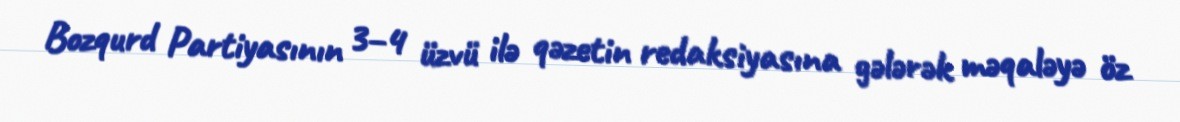
Bozqurd Partiyasının 3–4 üzvü ilə qəzetin redaksiyasına gələrək məqaləyə öz